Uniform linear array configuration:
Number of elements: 8
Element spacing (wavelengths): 1
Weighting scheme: blackman
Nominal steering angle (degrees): -60
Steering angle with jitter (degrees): -61.564
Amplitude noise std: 0.05
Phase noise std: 0.05

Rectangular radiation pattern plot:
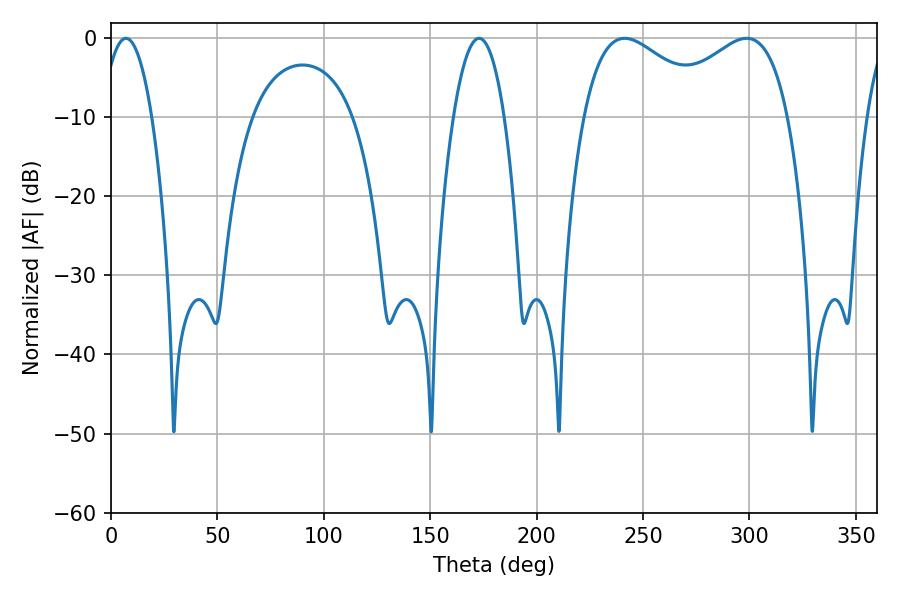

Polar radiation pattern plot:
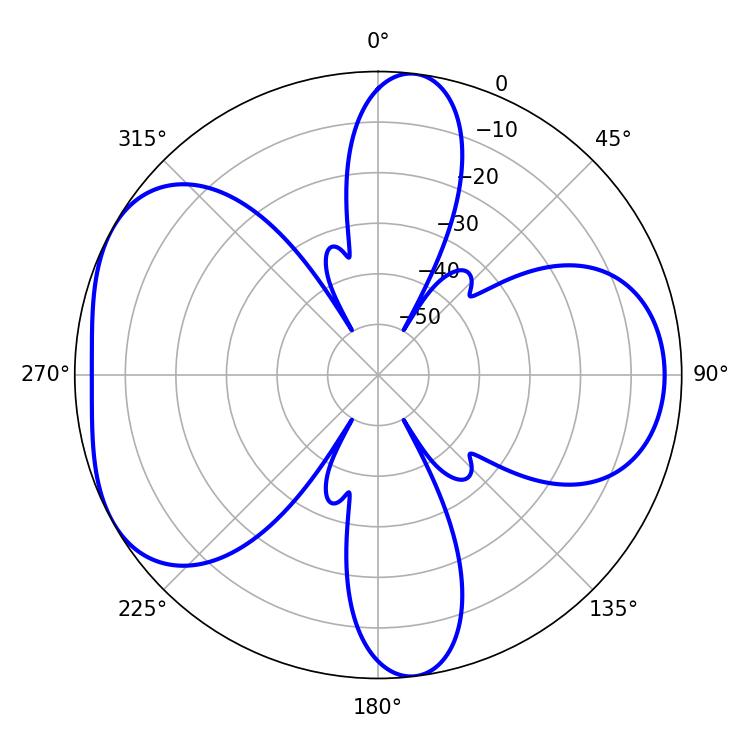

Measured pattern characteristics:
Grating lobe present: TRUE
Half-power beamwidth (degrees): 13.14
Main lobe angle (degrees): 7.02